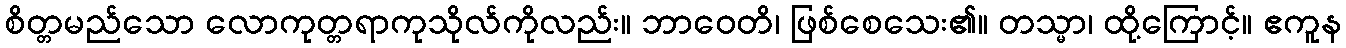
စိတ္တမည်သော လောကုတ္တရာကုသိုလ်ကိုလည်း။ ဘာဝေတိ၊ ဖြစ်စေသေး၏။ တသ္မာ၊ ထို့ကြောင့်။ ဧကူန